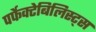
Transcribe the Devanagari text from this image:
पर्फेक्टेबिलिस्ट्स